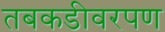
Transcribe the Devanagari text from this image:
तबकडीवरपण